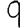
Digit: 9